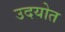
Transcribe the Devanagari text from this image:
उदयोत